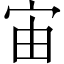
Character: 宙